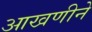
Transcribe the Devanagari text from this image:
आखणीने